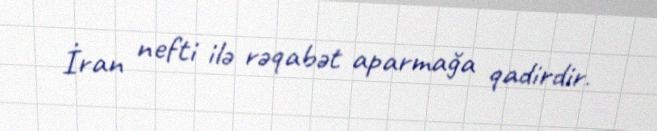
İran nefti ilə rəqabət aparmağa qadirdir.